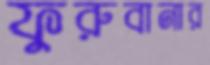
ফুরুবানার